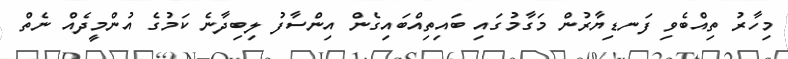
މިހާރު ތިއްބެވި ފަނޑިޔާރުން މަގާމުގައި ބައިތިއްބައިގެން އިންސާފު ލިބިދާނެ ކަމުގެ އުންމީދެއް ނެތް